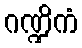
ဂဏ္ဍိကံ